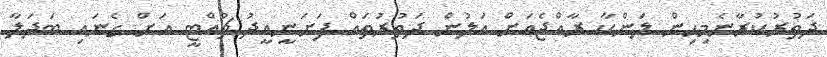
ދަތުރުކުރާނެމިހިން ލަންކާ ރާއްޖެއަށް އަލުން ދަތުރުތައް ފަށަނީއީދު ޗުއްޓީ އަށް ގެނައި ބަދަލާ